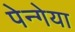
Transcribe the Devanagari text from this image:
पेन्गेया